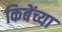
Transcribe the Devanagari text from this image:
किबेंच्या